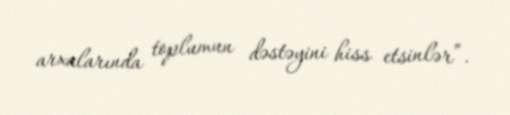
arxalarında toplumun dəstəyini hiss etsinlər”.